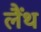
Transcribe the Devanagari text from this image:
लैंथ